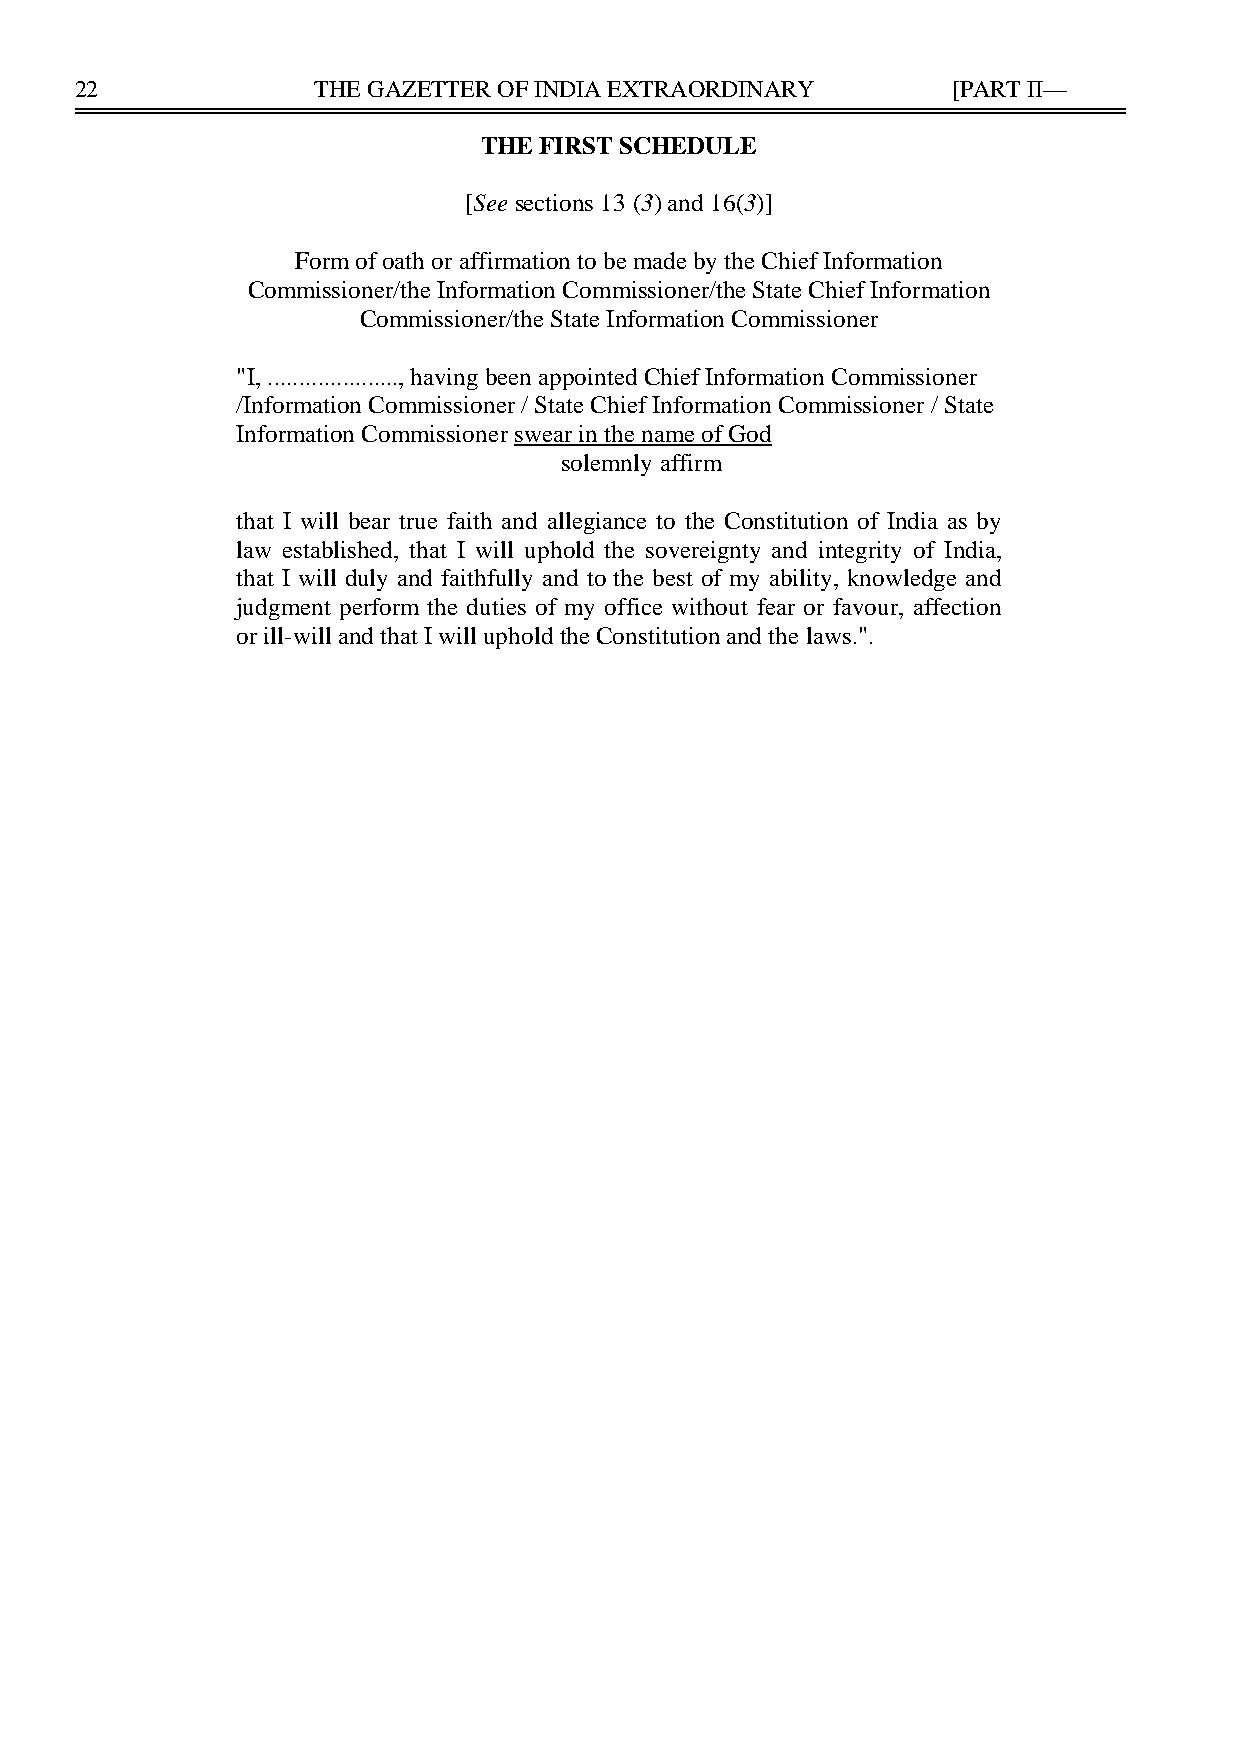
22              THE GAZETTER OF INDIA EXTRAORDINARY       [PART II—
 THE FIRST SCHEDULE
 [See sections 13 (3) and 16(3)]
 Form of oath or affirmation to be made by the Chief Information
 Commissioner/the Information Commissioner/the State Chief Information
 Commissioner/the State Information Commissioner
 "I, ....................., having been appointed Chief Information Commissioner
 /Information Commissioner / State Chief Information Commissioner / State
 Information Commissioner swear in the name of God
 solemnly affirm
 that I will bear true faith and allegiance to the Constitution of India as by
 law established, that I will uphold the sovereignty and integrity of India,
 that I will duly and faithfully and to the best of my ability, knowledge and
 judgment perform the duties of my office without fear or favour, affection
 or ill-will and that I will uphold the Constitution and the laws.".